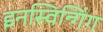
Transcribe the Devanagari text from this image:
इनस्विन्गिंग